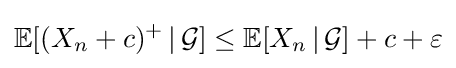
\mathbb {E} [(X_{n}+c)^{+}\,|\,{\mathcal {G}}]\leq \mathbb {E} [X_{n}\,|\,{\mathcal {G}}]+c+\varepsilon